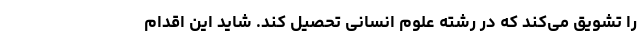
را تشویق می‌کند که در رشته علوم انسانی تحصیل کند. شاید این اقدام